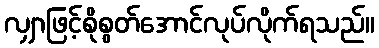
လျှာဖြင့်စိုစွတ်အောင်လုပ်လိုက်ရသည်။